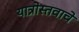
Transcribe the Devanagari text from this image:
यात्रोस्तवाचे